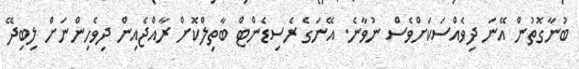
ބުނާގޮތުން އޭނަ ދިވެއްސަކަށްވެސް ނުވާނެ. އޭނަގެ ރެސިޑެންޓް ބާތިލްކޮށް ރާއްޖެއިން ދިވެހިންނަށް ލިބިދޭ